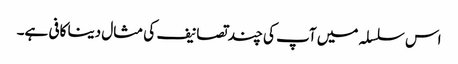
اس سلسلہ میں آپ کی چند تصانیف کی مثال دینا کافی ہے۔